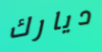
ديارك